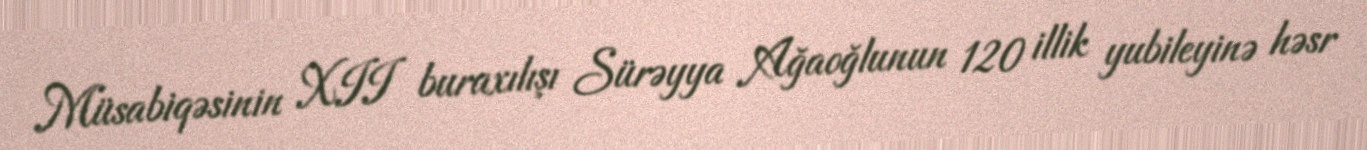
Müsabiqəsinin XII buraxılışı Sürəyya Ağaoğlunun 120 illik yubileyinə həsr